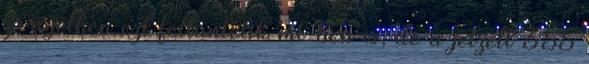
zárójelben ezt feltüntetik ml-ben is, de a jelzett 355